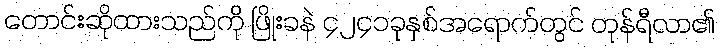
တောင်းဆိုထားသည်ကို ဖြိုးခနဲ ၄၂၄၁ခုနှစ်အရောက်တွင် တုန်ရီလာ၏